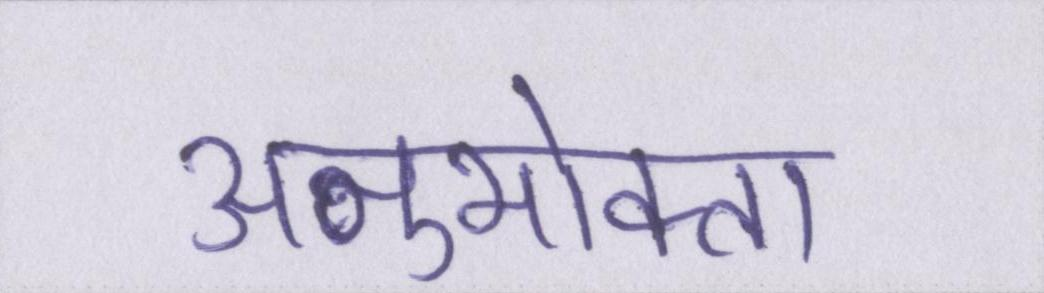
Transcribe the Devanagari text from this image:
अनुभोक्ता